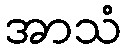
အာသံ